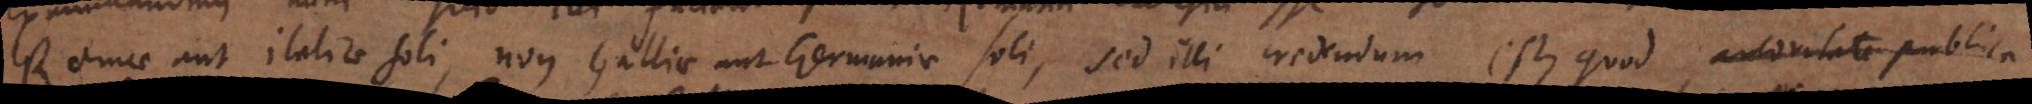
Romae aut Italiae soli, non Galliae aut Germaniae soli, sed illi credendum est, quod autoritate publica